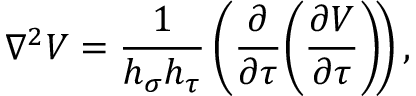
\nabla ^ { 2 } V = \frac { 1 } { h _ { \sigma } h _ { \tau } } \left( \frac { \partial } { \partial \tau } \! \left( \frac { \partial V } { \partial \tau } \right) \! \right) ,